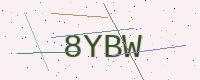
Text: 8YBW